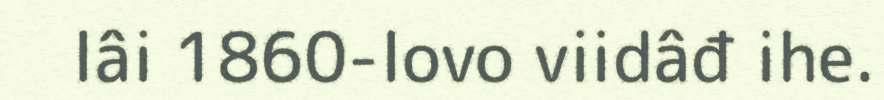
lâi 1860-lovo viidâđ ihe.